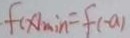
\cdot f ( x ) _ { \min } = f ( - a )